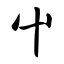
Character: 屮